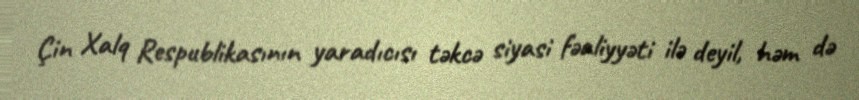
Çin Xalq Respublikasının yaradıcısı təkcə siyasi fəaliyyəti ilə deyil, həm də